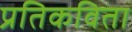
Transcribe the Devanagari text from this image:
प्रतिकविता